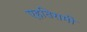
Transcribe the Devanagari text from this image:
एहतिरामी